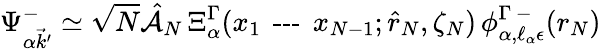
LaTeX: \Psi_{\alpha\vec{k}^{\prime}}^{-}\simeq\sqrt{N}\hat{\mathcal{A}}_{N}\, \Xi_{\alpha}^{\Gamma}(x_{1}\textrm{\, ---\, }x_{N-1};\hat{r}_{N},\zeta_{N})\, \phi_{\alpha,\ell_{\alpha}\epsilon}^{\Gamma\, -}(r_{N})